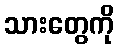
သားတွေကို